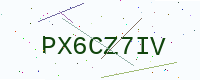
Text: PX6CZ7IV